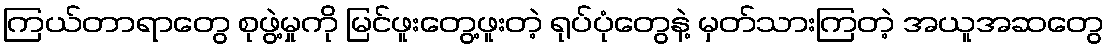
ကြယ်တာရာတွေ စုဖွဲ့မှုကို မြင်ဖူးတွေ့ဖူးတဲ့ ရုပ်ပုံတွေနဲ့ မှတ်သားကြတဲ့ အယူအဆတွေ